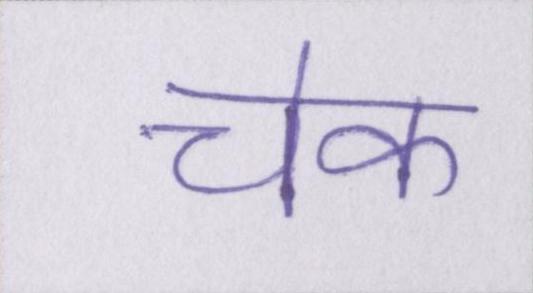
चेक